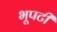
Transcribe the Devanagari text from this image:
भूपटी